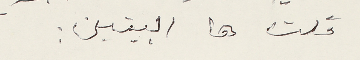
قلت ها البيتين: